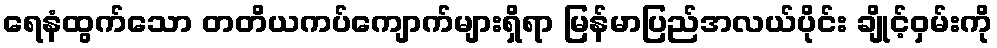
ရေနံထွက်သော တတိယကပ်ကျောက်များရှိရာ မြန်မာပြည်အလယ်ပိုင်း ချိုင့်ဝှမ်းကို